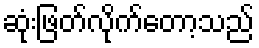
ဆုံးဖြတ်လိုက်တော့သည်